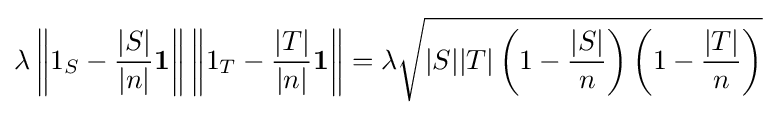
\lambda \left\|1_{S}-{\frac {|S|}{|n|}}\mathbf {1} \right\|\left\|1_{T}-{\frac {|T|}{|n|}}\mathbf {1} \right\|=\lambda {\sqrt {|S||T|\left(1-{\frac {|S|}{n}}\right)\left(1-{\frac {|T|}{n}}\right)}}